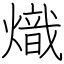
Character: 熾